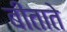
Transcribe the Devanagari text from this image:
बीताते